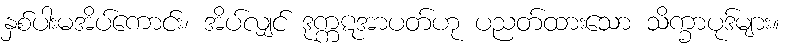
နှစ်ပါးမအိပ်ကောင်း၊ အိပ်လျှင် ဒုက္ကဋအာပတ်ဟု ပညတ်ထားသော သိက္ခာပုဒ်များ။